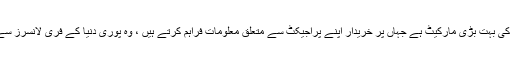
او-ڈیسک ویب سائیٹ دنیا کی بہت بڑی مارکیٹ ہے جہاں پر خریدار اپنے پراجیکٹ سے متعلق معلومات فراہم کرتے ہیں ، وہ پوری دنیا کے فری لانسرز سے اپنا کام کروا سکتے ہیں۔